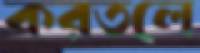
করতলে